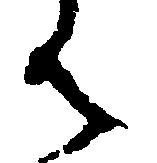
ん